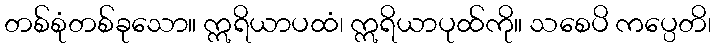
တစ်စုံတစ်ခုသော။ ဣရိယာပထံ၊ ဣရိယာပုထ်ကို။ သစေပိ ကပ္ပေတိ၊